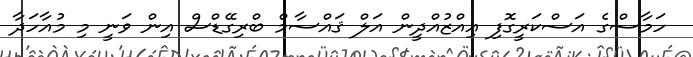
ހަމާސްގެ އަސްކަރީގޮފި އިއްޒުއްދީން އަލް ޤައްސާމް ބްރިގޭޑްސް އިން ވަނީ މި މުއާހަދާ